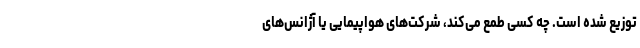
توزیع شده است. چه کسی طمع می‌کند، شرکت‌های هواپیمایی یا آژانس‌های